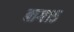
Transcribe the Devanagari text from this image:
बाग१५